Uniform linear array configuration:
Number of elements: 4
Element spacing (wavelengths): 0.25
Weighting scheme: kaiser
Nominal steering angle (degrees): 0
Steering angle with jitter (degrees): -0.5895
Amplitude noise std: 0.05
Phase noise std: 0.05

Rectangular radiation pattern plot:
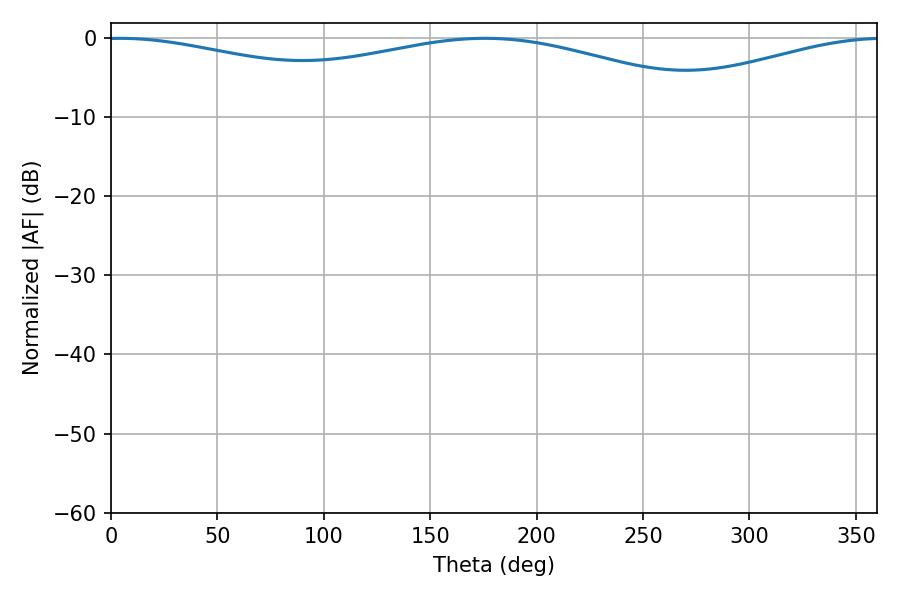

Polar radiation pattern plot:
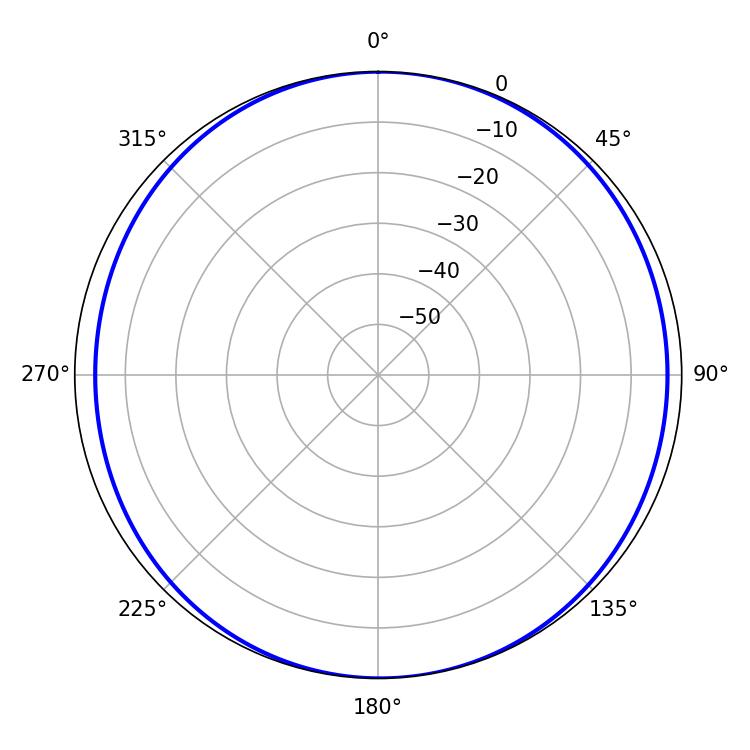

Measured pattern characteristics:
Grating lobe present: FALSE
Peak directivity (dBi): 9.343
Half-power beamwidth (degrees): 239.94
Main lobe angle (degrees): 4.14